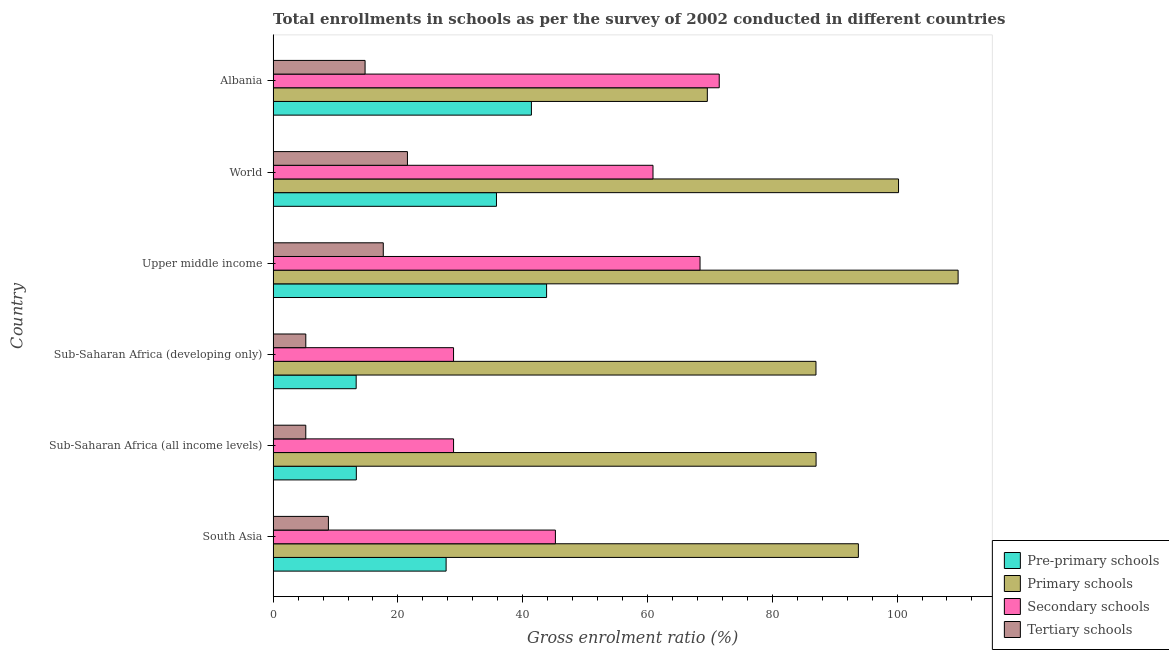
| Country | Pre-primary schools | Primary schools | Secondary schools | Tertiary schools |
 | --- | --- | --- | --- | --- |
 | South Asia | 27.7 | 93.8 | 45.2 | 8.86 |
 | Sub-Saharan Africa (all income levels) | 13.3 | 87 | 28.9 | 5.23 |
 | Sub-Saharan Africa (developing only) | 13.3 | 87 | 28.9 | 5.24 |
 | Upper middle income | 43.8 | 110 | 68.4 | 17.7 |
 | World | 35.8 | 100 | 60.9 | 21.5 |
 | Albania | 41.4 | 69.6 | 71.5 | 14.7 |